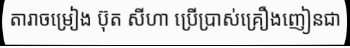
តារាចម្រៀង ប៊ុត សីហា ប្រើប្រាស់គ្រឿងញៀនជា